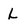
Character: L